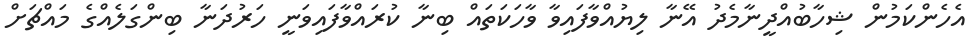
އެހެންކަމުން ޝިހާބުއްދީނާމެދު އޭނާ ލިޔުއްވާފައިވާ ވާހަކަތައް ބިނާ ކުރައްވާފައިވަނީ ހަރުދަނާ ބިންގަލެއްގެ މައްޗަށް